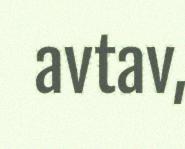
avtav,